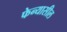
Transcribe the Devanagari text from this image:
फेन्यासील